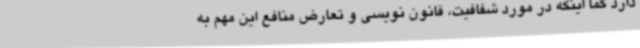
دارد کما اینکه در مورد شفافیت، قانون نویسی و تعارض منافع این مهم به